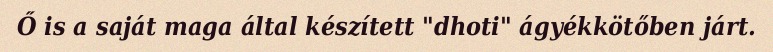
Ő is a saját maga által készített "dhoti" ágyékkötőben járt.